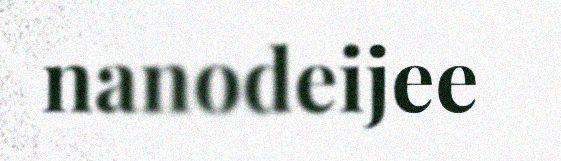
nanodeijee